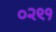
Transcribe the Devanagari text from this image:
०२९१